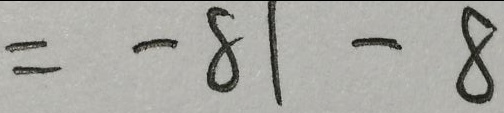
= - 8 1 - 8